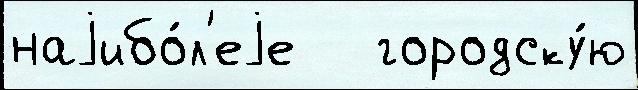
наjибо́л'еjе   городску́ю